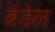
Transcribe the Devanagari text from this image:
ब्रेंडेल